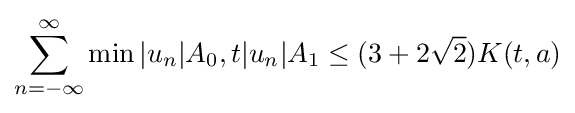
\sum _{n=-\infty }^{\infty }\min {|u_{n}|{A_{0}},t|u_{n}|{A_{1}}}\leq (3+2{\sqrt {2}})K(t,a)